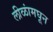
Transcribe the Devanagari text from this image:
लीळांमघून